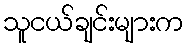
သူငယ်ချင်းများက